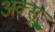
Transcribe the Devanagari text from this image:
अक्सू